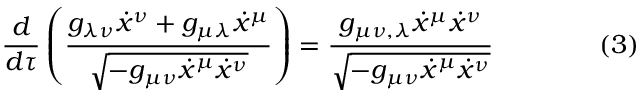
{ \frac { d } { d \tau } } \left( { \frac { g _ { \lambda \nu } { \dot { x } } ^ { \nu } + g _ { \mu \lambda } { \dot { x } } ^ { \mu } } { \sqrt { - g _ { \mu \nu } { \dot { x } } ^ { \mu } { \dot { x } } ^ { \nu } } } } \right) = { \frac { g _ { \mu \nu , \lambda } { \dot { x } } ^ { \mu } { \dot { x } } ^ { \nu } } { \sqrt { - g _ { \mu \nu } { \dot { x } } ^ { \mu } { \dot { x } } ^ { \nu } } } } \qquad \qquad ( 3 )